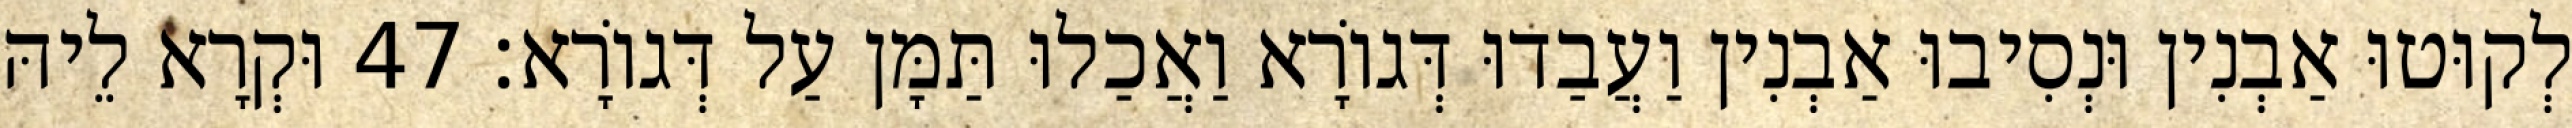
לְקוּטוּ אַבְנִין וּנְסִיבוּ אַבְנִין וַעֲבַדוּ דְּגוֹרָא וַאֲכַלוּ תַּמָּן עַל דְּגוֹרָא׃ 47 וּקְרָא לֵיהּ